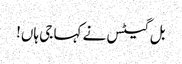
بل گیٹس نے کہا جی ہاں!